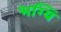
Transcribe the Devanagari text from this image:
भग्यिं